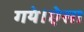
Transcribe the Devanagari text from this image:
गये।ऐसा